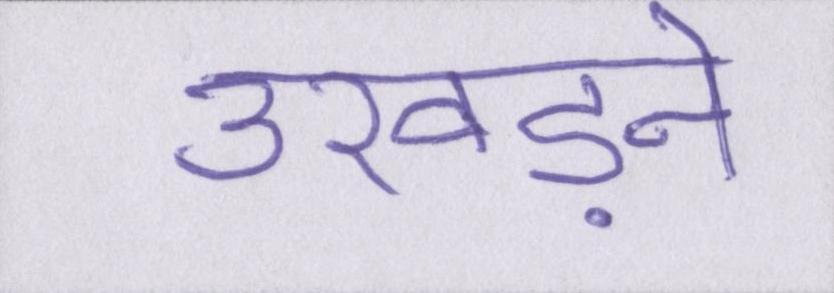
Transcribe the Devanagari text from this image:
उखड़ने